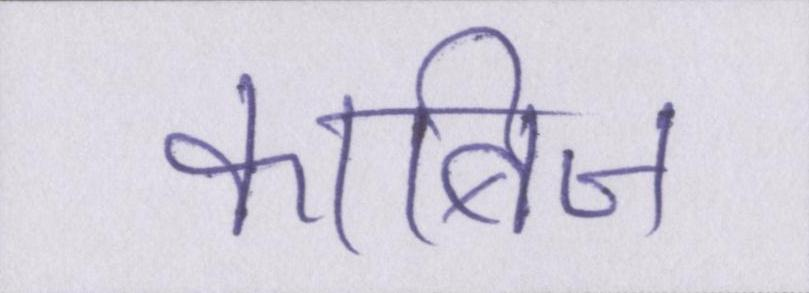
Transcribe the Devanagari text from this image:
काबिज